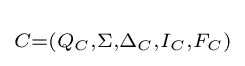
\scriptstyle C=(Q_{C},\Sigma ,\Delta _{C},I_{C},{F}_{C})